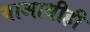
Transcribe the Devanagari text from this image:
याआधीही